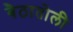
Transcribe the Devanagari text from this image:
बैठातोली